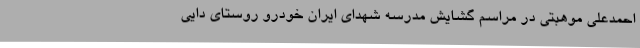
احمدعلی موهبتی در مراسم گشایش مدرسه شهدای ایران خودرو روستای دایی